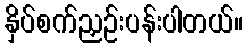
နှိပ်စက်ညှဉ်းပန်းပါတယ်။